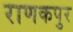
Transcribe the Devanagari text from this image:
राणकपुर